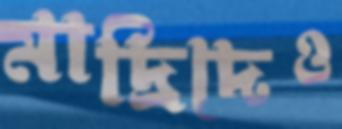
মাদ্রিদেও